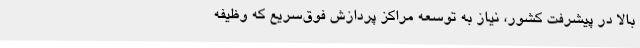
بالا در پیشرفت کشور، نیاز به توسعه مراکز پردازش فوق‌سریع که وظیفه